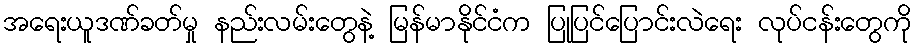
အရေးယူဒဏ်ခတ်မှု နည်းလမ်းတွေနဲ့ မြန်မာနိုင်ငံက ပြုပြင်ပြောင်းလဲရေး လုပ်ငန်းတွေကို